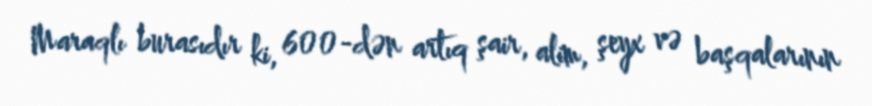
Maraqlı burasıdır ki, 600-dən artıq şair, alim, şeyx və başqalarının